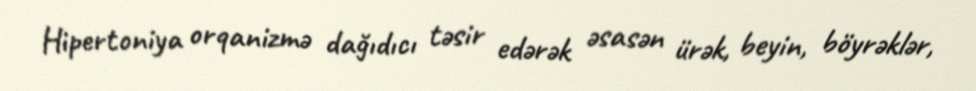
Hipertoniya orqanizmə dağıdıcı təsir edərək əsasən ürək, beyin, böyrəklər,